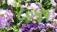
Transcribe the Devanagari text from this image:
८०५१